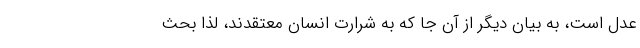
عدل است، به بیان دیگر از آن جا که به شرارت انسان معتقدند، لذا بحث